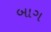
બાગ